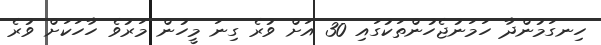
ހިނގަމުންދާ ހަމަނުޖެހުންތަކުގައި 30 އަށް ވުރެ ގިނަ މީހުން މަރުވެ ހާހަކަށް ވުރެ